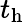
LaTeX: t_{\mathrm{h}}